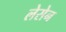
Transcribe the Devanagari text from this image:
लेसेन